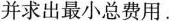
并求出最小总费用.